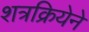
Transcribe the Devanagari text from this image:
शत्रक्रियेने